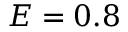
E = 0 . 8